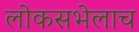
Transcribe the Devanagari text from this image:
लोकसभेलाच